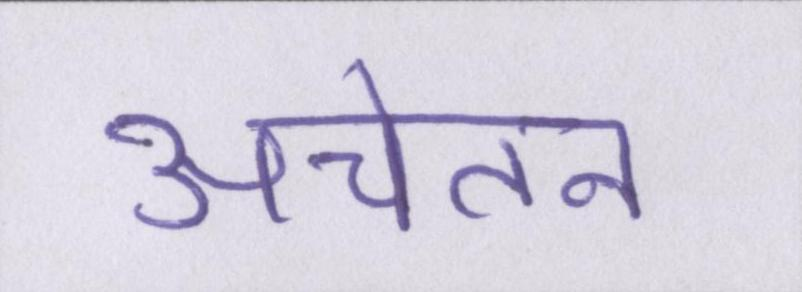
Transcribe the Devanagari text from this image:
अचेतन